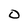
Character: 0